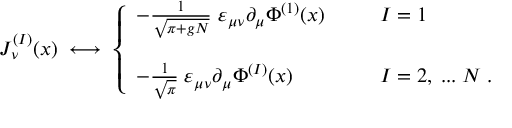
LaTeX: J _ { \nu } ^ { ( I ) } ( x ) \; \longleftrightarrow \; \left\{ \begin{array} { l l } { { - \frac { 1 } { \sqrt { \pi + g N } } \; \varepsilon _ { \mu \nu } \partial _ { \mu } \Phi ^ { ( 1 ) } ( x ) \; \; \; \; \; \; } } & { { I = 1 } } \\ { { \; } } & { { \; } } \\ { { - \frac { 1 } { \sqrt { \pi } } \; \varepsilon _ { \mu \nu } \partial _ { \mu } \Phi ^ { ( I ) } ( x ) \; \; \; \; \; \; } } & { { I = 2 , \; . . . \; N \; . } } \end{array} \right.